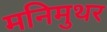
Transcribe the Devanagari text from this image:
मनिमुथर